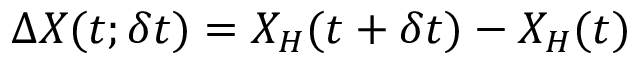
\Delta X ( t ; \delta t ) = X _ { H } ( t + \delta t ) - X _ { H } ( t )